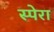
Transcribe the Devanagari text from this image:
स्पेरा